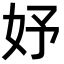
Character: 妤